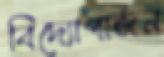
বিদ্যোপার্জন